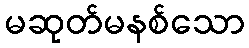
မဆုတ်မနစ်သော